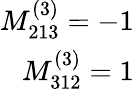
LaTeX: \begin{array}{r}{M_{213}^{(3)}=-1}\\ {M_{312}^{(3)}=1}\end{array}